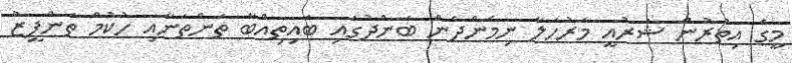
މީގެ އިތުރުން ޝަރުއީ މަރުހަލާ ނިމެންދެން ބަންދުގައި ބައިތިއްބާ ތަންތަނާއި ހުކުމް ތަންފީޒު